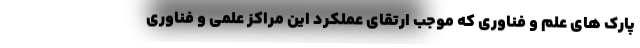
پارک های علم و فناوری که موجب ارتقای عملکرد این مراکز علمی و فناوری